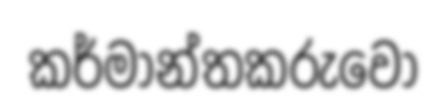
කර්මාන්තකරුවෝ